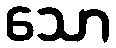
သော